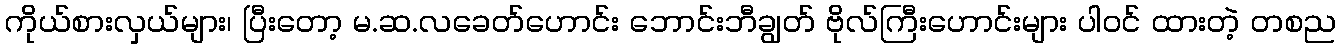
ကိုယ်စားလှယ်များ၊ ပြီးတော့ မ.ဆ.လခေတ်ဟောင်း ဘောင်းဘီချွတ် ဗိုလ်ကြီးဟောင်းများ ပါဝင် ထားတဲ့ တစည